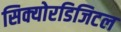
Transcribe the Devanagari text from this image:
सिक्योरडिजिटल